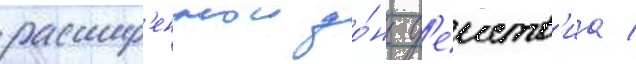
расшир'еннои зо́ны д'еиств'иа /